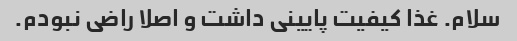
سلام. غذا کیفیت پایینی داشت و اصلا راضی نبودم.